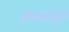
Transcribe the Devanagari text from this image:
२००१ए